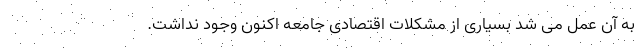
به آن عمل می شد بسیاری از مشکلات اقتصادی جامعه اکنون وجود نداشت.